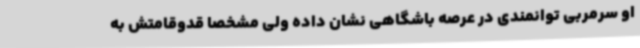
او سرمربی توانمندی در عرصه باشگاهی نشان داده‌ ولی مشخصا قدوقامتش به